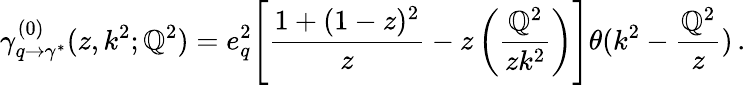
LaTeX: \gamma_{q\rightarrow\gamma^{*}}^{(0)}(z,k^{2};\mathbb{Q}^{2})=e_{q}^{2}\Bigg[\frac{{1+(1-z)^{2}}}{{z}}-z\left(\frac{{\mathbb{Q}^{2}}}{{zk^{2}}}\right)\Bigg]\theta(k^{2}-\frac{{\mathbb{Q}^{2}}}{{z}})\, .